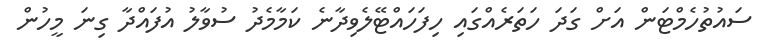
ސައުތުހެމްޓަން އަށް ގަދަ ހަތަރެއްގައި ހިފަހައްޓޭލެވިދާނެ ކަމާމެދު ސުވާލު އުފައްދާ ގިނަ މީހުން